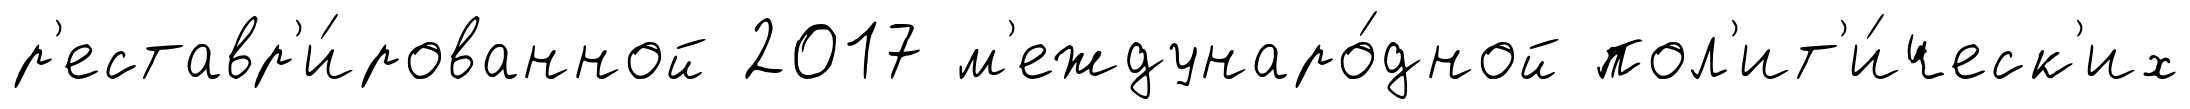
р'еставр'и́рованной 2017 м'еждунаро́дной пол'ит'и́ческ'их